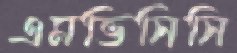
এমভিসিসি